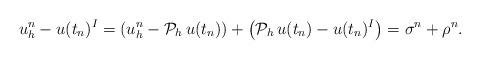
LaTeX: \begin{align*}u_h^n -u(t_n)^I = \left(u_h^n - \mathcal{P}_h \, u(t_n) \right) + \left( \mathcal{P}_h \, u(t_n)- u(t_n)^I \right) = \sigma^n + \rho^n.\end{align*}